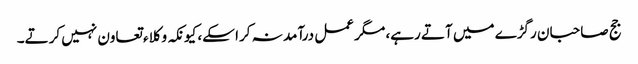
جج صاحبان رگڑے میں آتے رہے، مگر عمل درآمد نہ کرا سکے، کیونکہ وکلاء تعاون نہیں کرتے۔